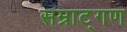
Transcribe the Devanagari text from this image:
सम्राट्गण